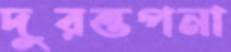
দুরন্তপনা